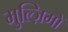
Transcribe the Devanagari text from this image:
मुल्ज़िमों